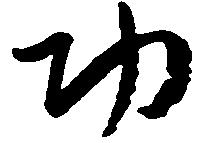
功